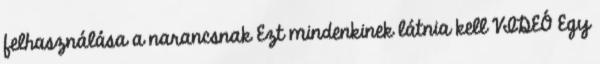
felhasználása a narancsnak Ezt mindenkinek látnia kell VIDEÓ Egy